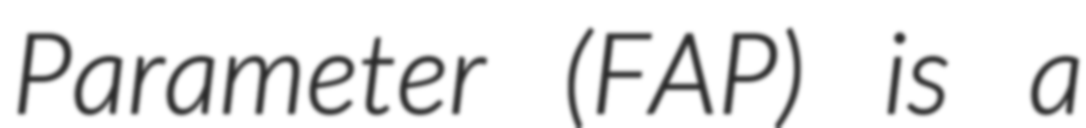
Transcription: Parameter (FAP) is a